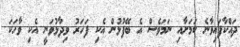
ދައްކާފައިވާނެ ކަމަށާއި ނަމަވެސް އެ ބޭފުޅުން އެކި ފަހަރު ވިދާޅުވަނީ އެކި ވާހަކަ